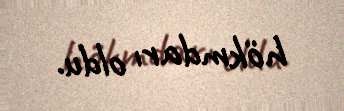
hökmdarı oldu.